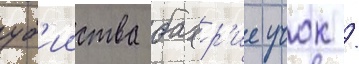
уб'ииства бахр'ие учок /